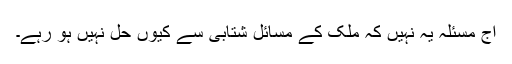
آج مسئلہ یہ نہیں کہ ملک کے مسائل شتابی سے کیوں حل نہیں ہو رہے۔